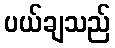
ပယ်ချသည်